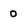
Character: 0